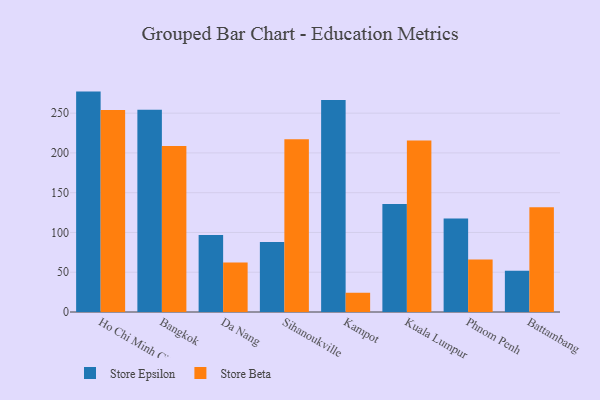
{"axis": {"x": "City", "y": "Operating Costs (USD K)"}, "legend": ["Store Beta", "Store Epsilon"], "data": [{"x": "Ho Chi Minh City", "y": 277.1, "type": "Store Epsilon"}, {"x": "Ho Chi Minh City", "y": 254.0, "type": "Store Beta"}, {"x": "Bangkok", "y": 254.3, "type": "Store Epsilon"}, {"x": "Bangkok", "y": 208.6, "type": "Store Beta"}, {"x": "Da Nang", "y": 96.8, "type": "Store Epsilon"}, {"x": "Da Nang", "y": 62.2, "type": "Store Beta"}, {"x": "Sihanoukville", "y": 88.0, "type": "Store Epsilon"}, {"x": "Sihanoukville", "y": 217.2, "type": "Store Beta"}, {"x": "Kampot", "y": 266.5, "type": "Store Epsilon"}, {"x": "Kampot", "y": 24.2, "type": "Store Beta"}, {"x": "Kuala Lumpur", "y": 135.7, "type": "Store Epsilon"}, {"x": "Kuala Lumpur", "y": 215.6, "type": "Store Beta"}, {"x": "Phnom Penh", "y": 117.6, "type": "Store Epsilon"}, {"x": "Phnom Penh", "y": 66.1, "type": "Store Beta"}, {"x": "Battambang", "y": 51.9, "type": "Store Epsilon"}, {"x": "Battambang", "y": 131.7, "type": "Store Beta"}]}